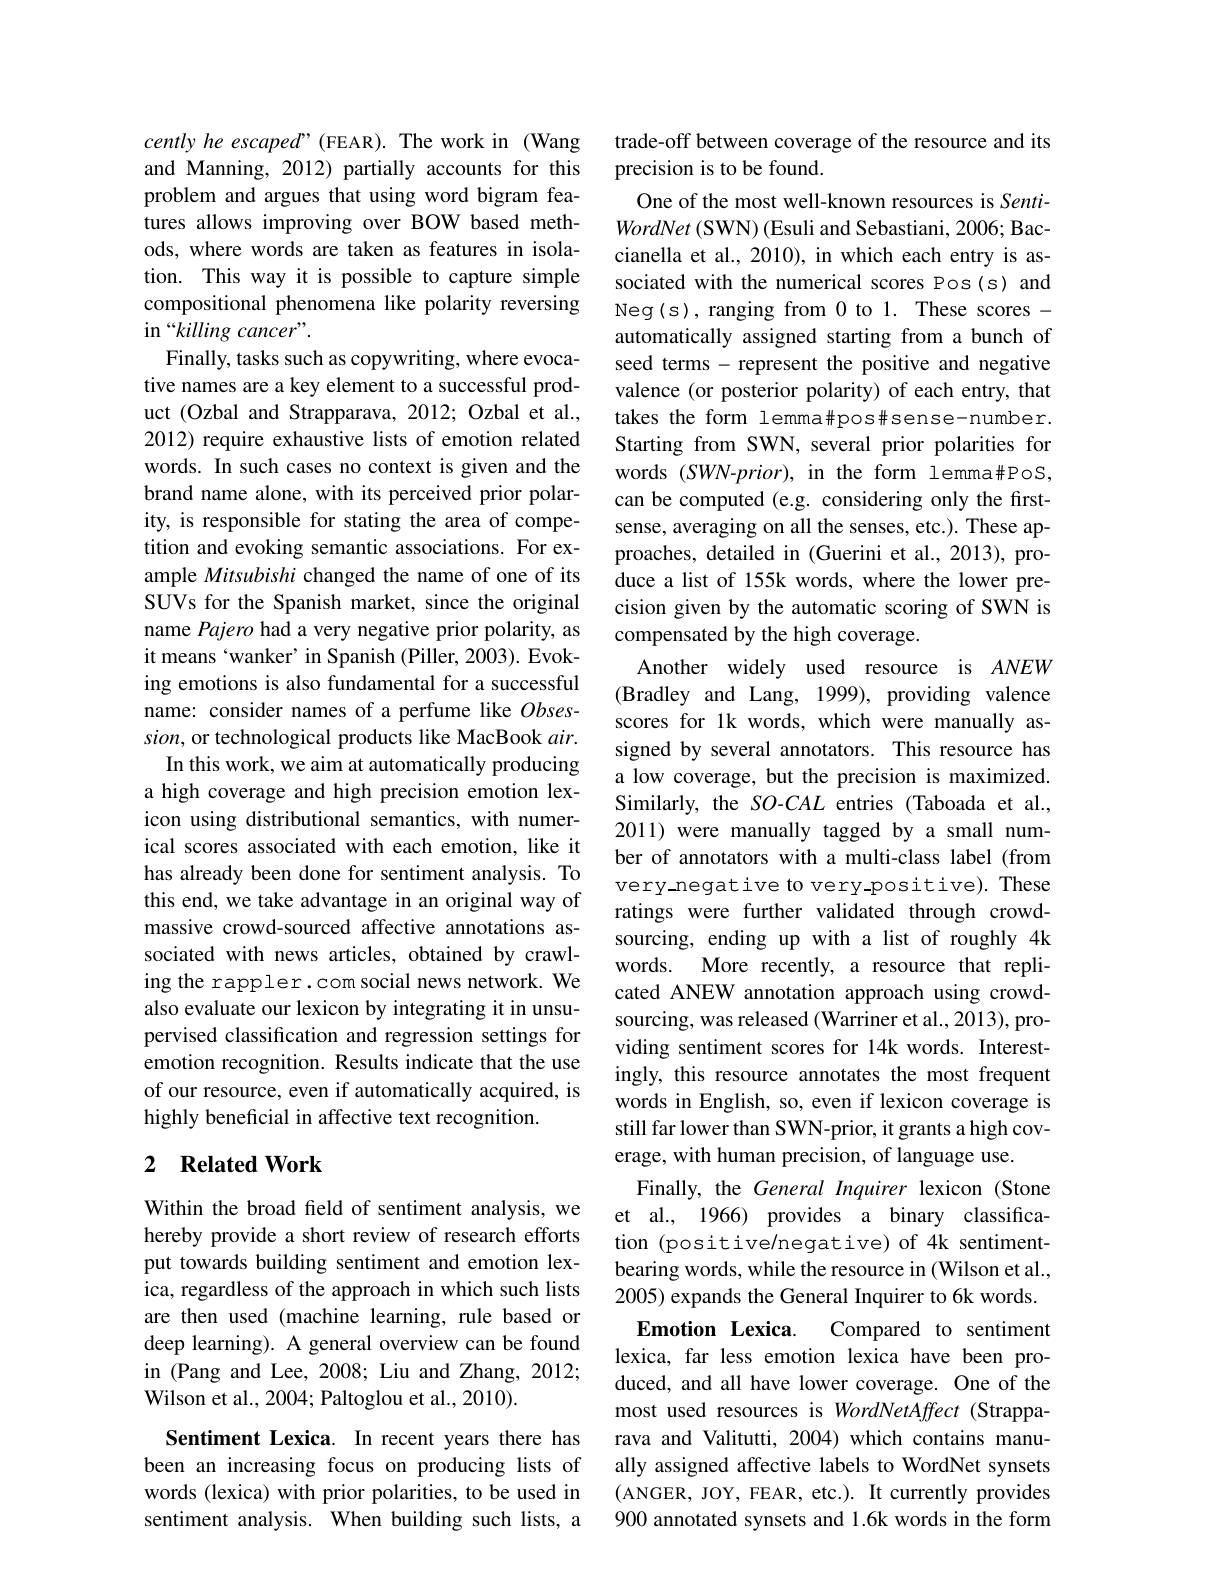
cently he escaped" (FEAR). The work in (Wang and Manning, 2012) partially accounts for this problem and argues that using word bigram features allows improving over BOW based methods, where words are taken as features in isolation. This way it is possible to capture simple compositional phenomena like polarity reversing in “killing cancer”.
Finally, tasks such as copywriting, where evocative names are a key element to a successful product (Ozbal and Strapparava, 2012; Ozbal et al., 2012) require exhaustive lists of emotion related words. In such cases no context is given and the brand name alone, with its perceived prior polarity, is responsible for stating the area of competition and evoking semantic associations. For example Mitsubishi changed the name of one of its SUVs for the Spanish market, since the original name Pajero had a very negative prior polarity, as it means‘wanker’in Spanish (Piller, 2003). Evoking emotions is also fundamental for a successful name: consider names of a perfume like $Obses-$ sion, or technological products like MacBook $air.$
In this work, we aim at automatically producing a high coverage and high precision emotion lexicon using distributional semantics, with numerical scores associated with each emotion, like it has already been done for sentiment analysis. To this end, we take advantage in an original way of massive crowd-sourced affective annotations associated with news articles, obtained by crawling the rappler.com social news network. We also evaluate our lexicon by integrating it in unsupervised classification and regression settings for emotion recognition. Results indicate that the use of our resource, even if automatically acquired, is highly beneficial in affective text recognition.

## 2 Related Work

Within the broad feld of sentiment analysis, we hereby provide a short review of research efforts put towards building sentiment and emotion lexica, regardless of the approach in which such lists are then used (machine learning, rule based or deep learning). A general overview can be found in (Pang and Lee, 2008; Liu and Zhang, 2012; Wilson et al., 2004; Paltoglou et al., 2010).

Sentiment Lexica. In recent years there has been an increasing focus on producing lists of words (lexica) with prior polarities, to be used in sentiment analysis. When building such lists, a

trade-off between coverage of the resource and its
precision is to be found.
One of the most well-known resources is Senti- $WordNet\left(\mathrm{SWN}\right)$(Esuli and Sebastiani, 2006; Baccianella et al., 2010), in which each entry is associated with the numerical scores Pos(s) and Neg(s), ranging from 0 to 1. These scores - automatically assigned starting from a bunch of seed terms - represent the positive and negative valence (or posterior polarity) of each entry, that takes the form lemma#pos#sense-number. Starting from SWN, several prior polarities for words $(SWN-prior)$, in the form lemma#PoS, can be computed (e.g. considering only the firstsense, averaging on all the senses, etc.). These approaches, detailed in (Guerini et al., 2013), produce a list of 155k words, where the lower precision given by the automatic scoring of SWN is compensated by the high coverage.
Another widely used resource is ANEW (Bradley and Lang, 1999), providing valence scores for 1k words, which were manually assigned by several annotators. This resource has a low coverage, but the precision is maximized. Similarly, the SO-CAL entries (Taboada et al., 2011) were manually tagged by a small number of annotators with a multi-class label (from $very\_negative to very-positive). These$ ratings were further validated through crowdsourcing, ending up with a list of roughly 4k words. More recently, a resource that replicated ANEW annotation approach using crowdsourcing, was released (Warriner et al., 2013), providing sentiment scores for 14k words. Interestingly, this resource annotates the most frequent words in English, so, even if lexicon coverage is still far lower than SWN-prior, it grants a high coverage, with human precision, of language use.
Finally, the General Inquirer lexicon (Stone et al., 1966) provides a binary classification (positive/negative) of 4k sentimentbearing words, while the resource in (Wilson et al., 2005) expands the General Inquirer to 6k words. Emotion Lexica.
Compared to sentiment
lexica, far less emotion lexica have been produced, and all have lower coverage. One of the most used resources is WordNetAffect (Strapparava and Valitutti, 2004) which contains manually assigned affective labels to WordNet synsets (ANGER, JOY, FEAR, etc.). It currently provides 900 annotated synsets and 1.6k words in the form